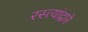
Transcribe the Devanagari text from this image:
रस्त्यांद्वारे